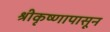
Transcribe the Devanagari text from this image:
श्रीकृष्णापासून